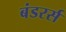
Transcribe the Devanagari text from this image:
बंडरर्स